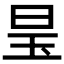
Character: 𪰑